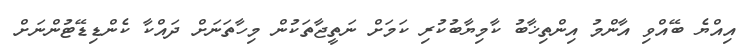
އިއްޔެ ބޭއްވި އާންމު އިންތިޚާބު ކާމިޔާބުކުރި ކަމަށް ނަތީޖާތަކުން މިހާތަނަށް ދައްކާ ކެންޑިޑޭޓުންނަށް